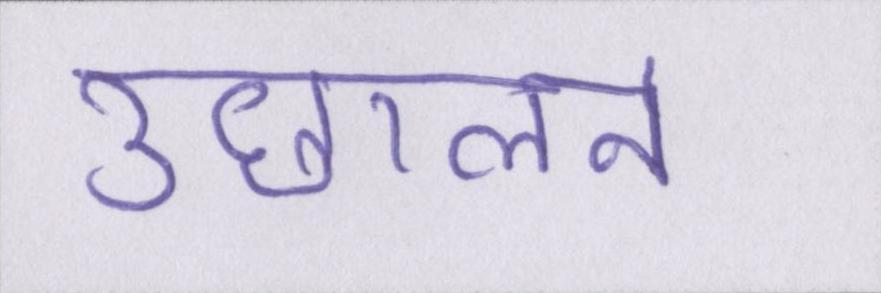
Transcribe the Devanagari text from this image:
उछालने